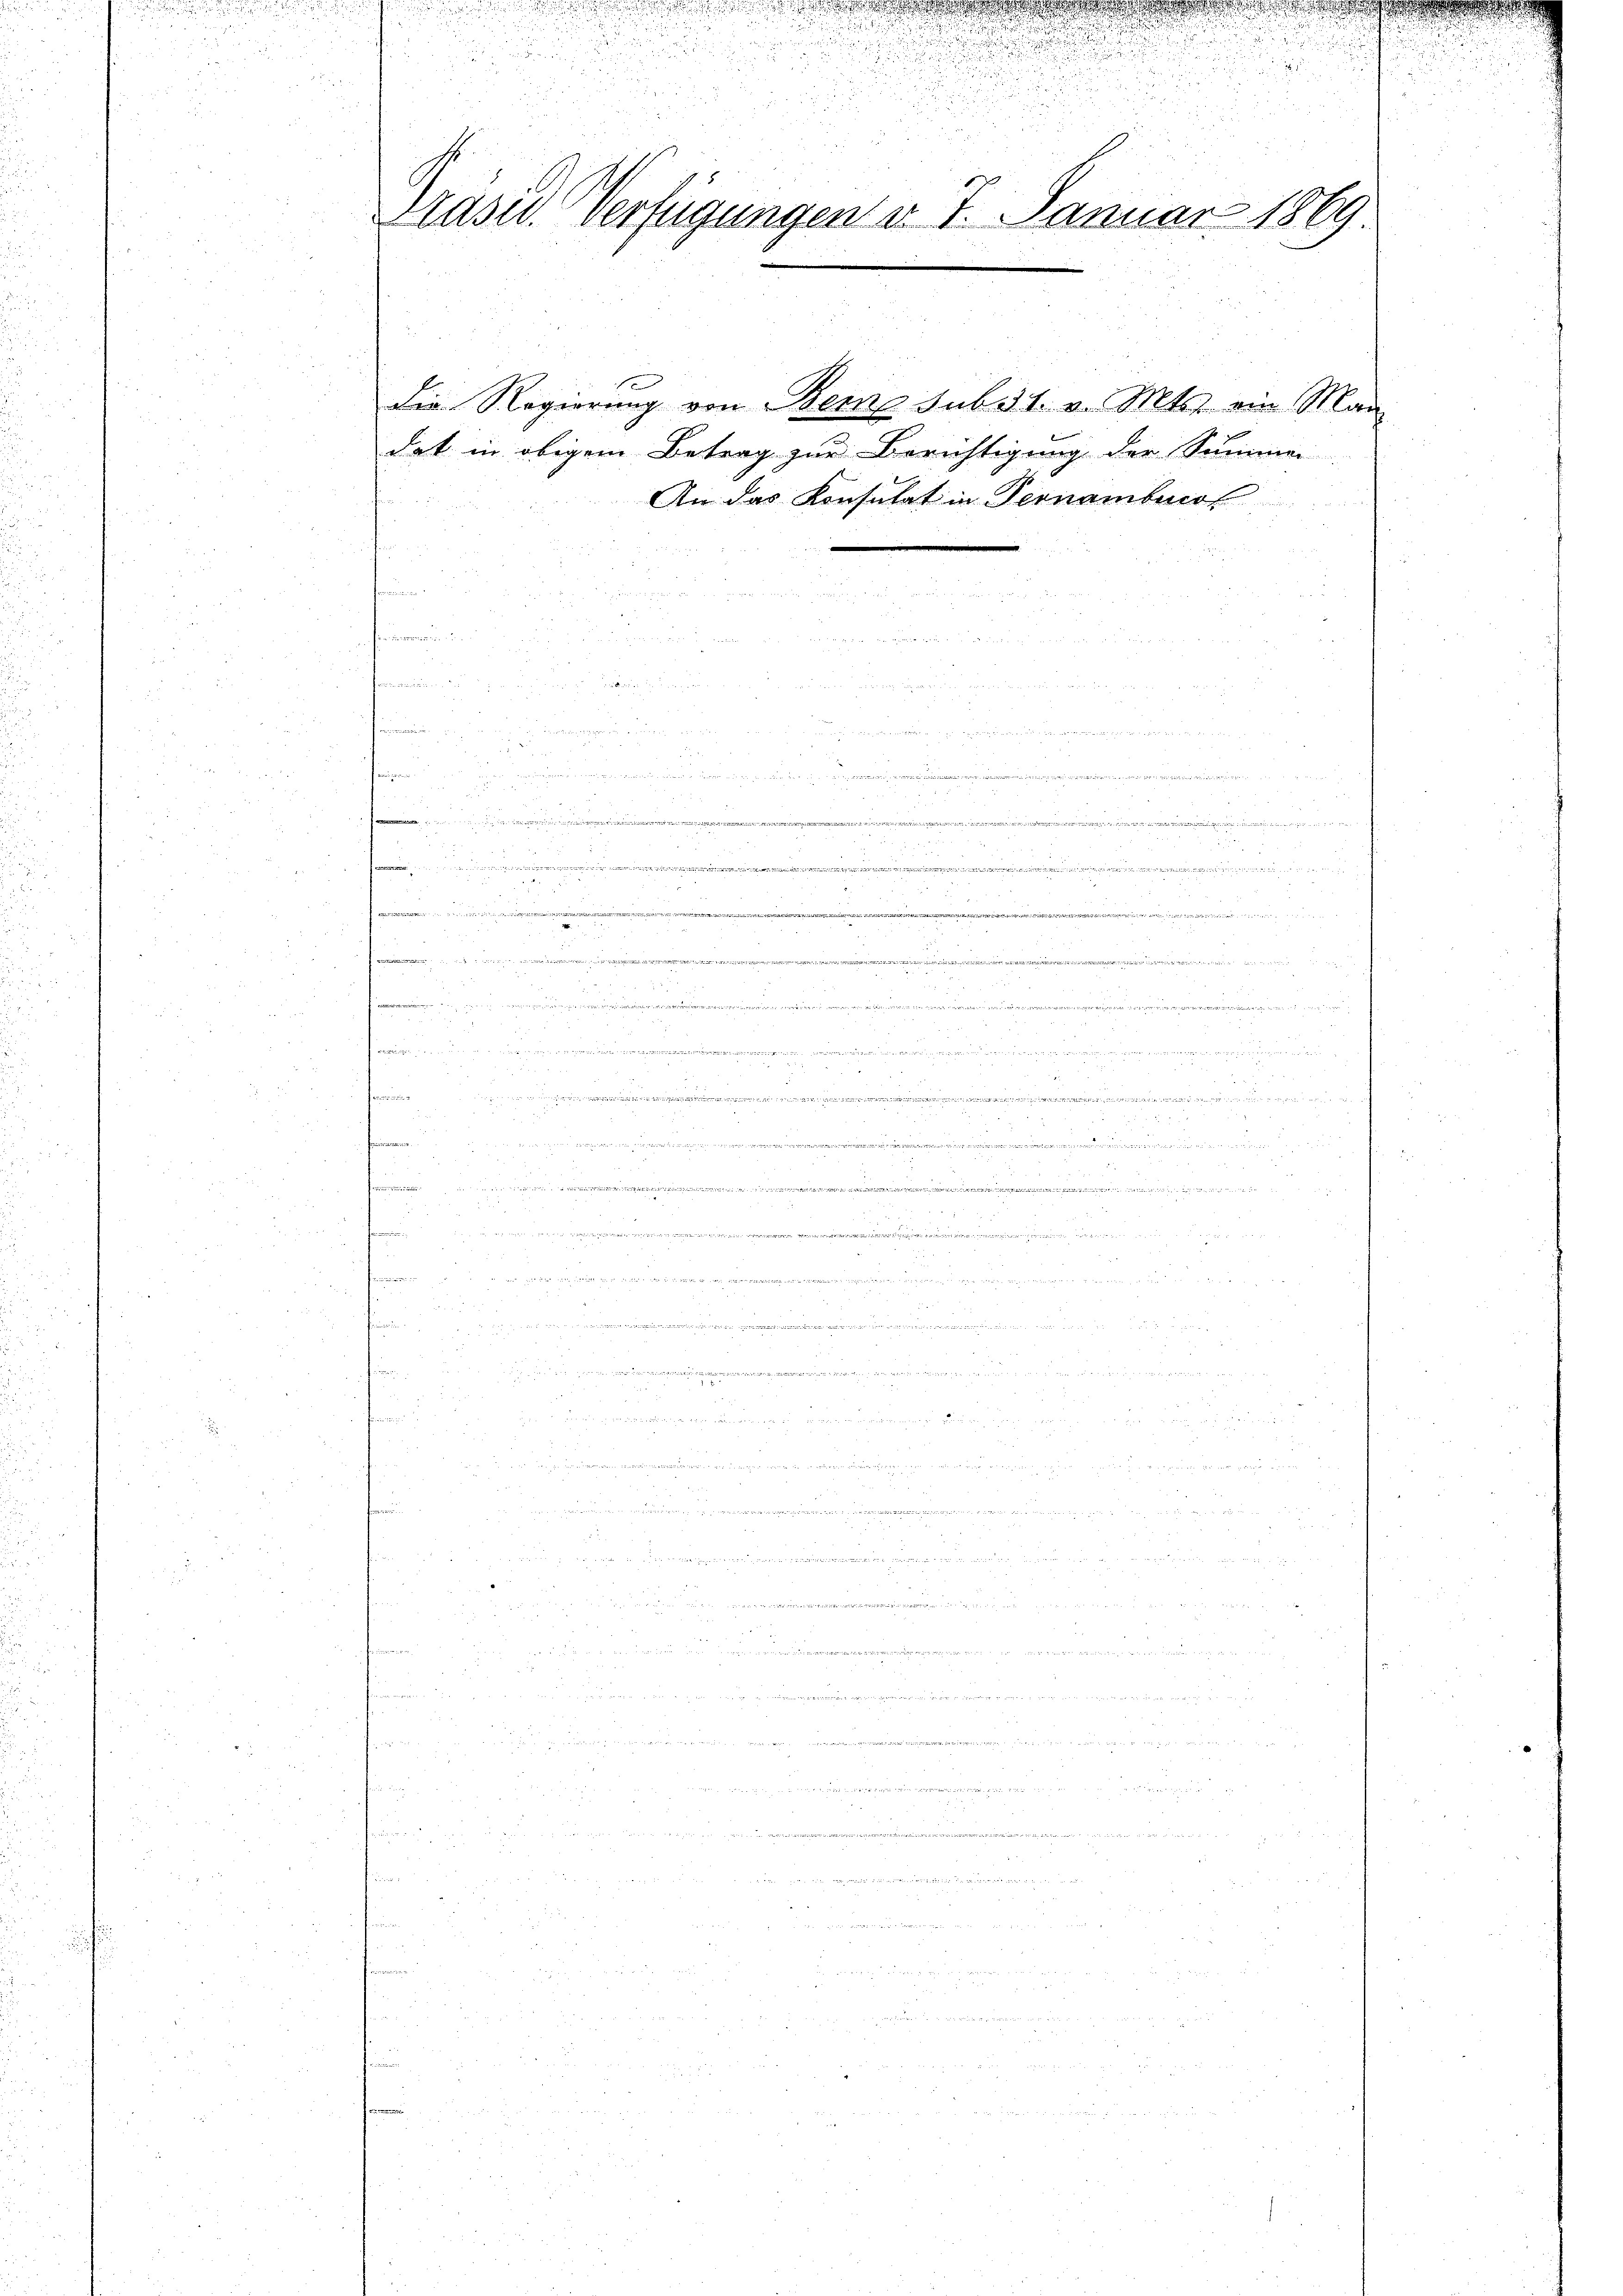
5
Präsid. Verfügungen v. 7. Januar 1869.

1

d

ve
2ten Mart. 173. 274. 212

die Regierung von Bern subst v. Mts. ein Man

u
u

dat in obigem Betrag zur Berichtigung der Summen
An das Konsulat in Pernambeno

.